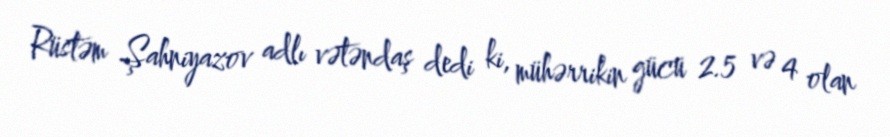
Rüstəm Şahniyazov adlı vətəndaş dedi ki, mühərrikin gücü 2.5 və 4 olan